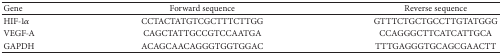
<table><thead><tr><td><b>Gene</b></td><td><b>Forward sequence</b></td><td><b>Reverse sequence</b></td></tr></thead><tbody><tr><td>HIF-1<i>α</i></td><td>CCTACTATGTCGCTTTCTTGG</td><td>GTTTCTGCTGCCTTGTATGGG</td></tr><tr><td>VEGF-A</td><td>CAGCTATTGCCGTCCAATGA</td><td>CCAGGGCTTCATCATTGCA</td></tr><tr><td>GAPDH</td><td>ACAGCAACAGGGTGGTGGAC</td><td>TTTGAGGGTGCAGCGAACTT</td></tr></tbody></table>